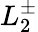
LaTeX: L_{2}^{\pm}